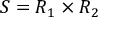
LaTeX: S = R _ { 1 } \times R _ { 2 }